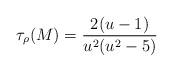
LaTeX: \begin{align*}\tau_\rho(M)=\frac{2(u-1)}{u^2(u^2-5)}\end{align*}